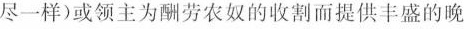
尽一样）或领主为酬劳农奴的收割而提供丰盛的晚